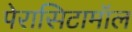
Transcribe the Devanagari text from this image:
पेरासिटामॉल